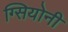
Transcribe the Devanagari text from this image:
ग्सियोनी